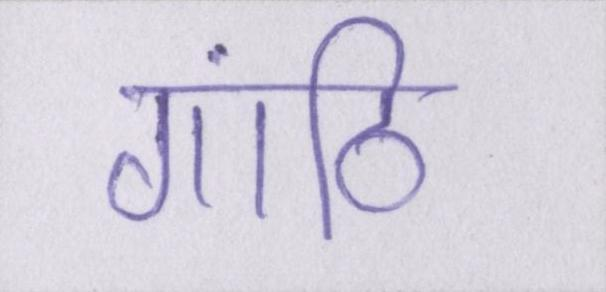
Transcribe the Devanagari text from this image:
गांठि